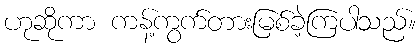
ဟုဆိုကာ ကန့်ကွက်တားမြစ်ခဲ့ကြပါသည်။